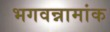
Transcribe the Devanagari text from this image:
भगवन्नामांक